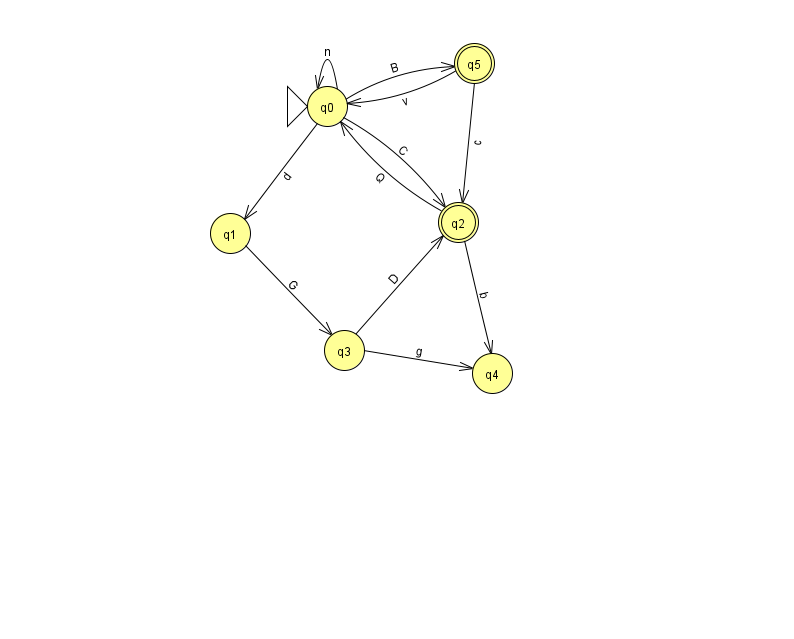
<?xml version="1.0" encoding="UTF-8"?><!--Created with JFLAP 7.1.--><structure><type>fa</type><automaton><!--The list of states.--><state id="0" name="q0"><x>327.0</x><y>93.0</y><initial/></state><state id="1" name="q1"><x>230.0</x><y>220.0</y></state><state id="2" name="q2"><x>458.0</x><y>209.0</y><final/></state><state id="3" name="q3"><x>344.0</x><y>337.0</y></state><state id="4" name="q4"><x>492.0</x><y>360.0</y></state><state id="5" name="q5"><x>474.0</x><y>50.0</y><final/></state><!--The list of transitions.--><transition><from>0</from><to>1</to><read>d</read></transition><transition><from>0</from><to>5</to><read>B</read></transition><transition><from>2</from><to>0</to><read>Q</read></transition><transition><from>3</from><to>2</to><read>D</read></transition><transition><from>5</from><to>2</to><read>c</read></transition><transition><from>0</from><to>2</to><read>C</read></transition><transition><from>5</from><to>0</to><read>v</read></transition><transition><from>1</from><to>3</to><read>G</read></transition><transition><from>3</from><to>4</to><read>g</read></transition><transition><from>2</from><to>4</to><read>b</read></transition><transition><from>0</from><to>0</to><read>n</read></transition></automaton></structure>